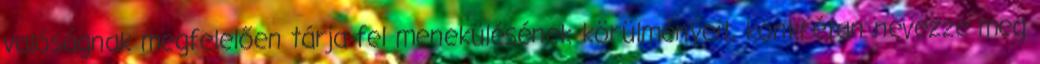
valóságnak megfelelően tárja fel menekülésének körülményeit, konkrétan nevezze meg